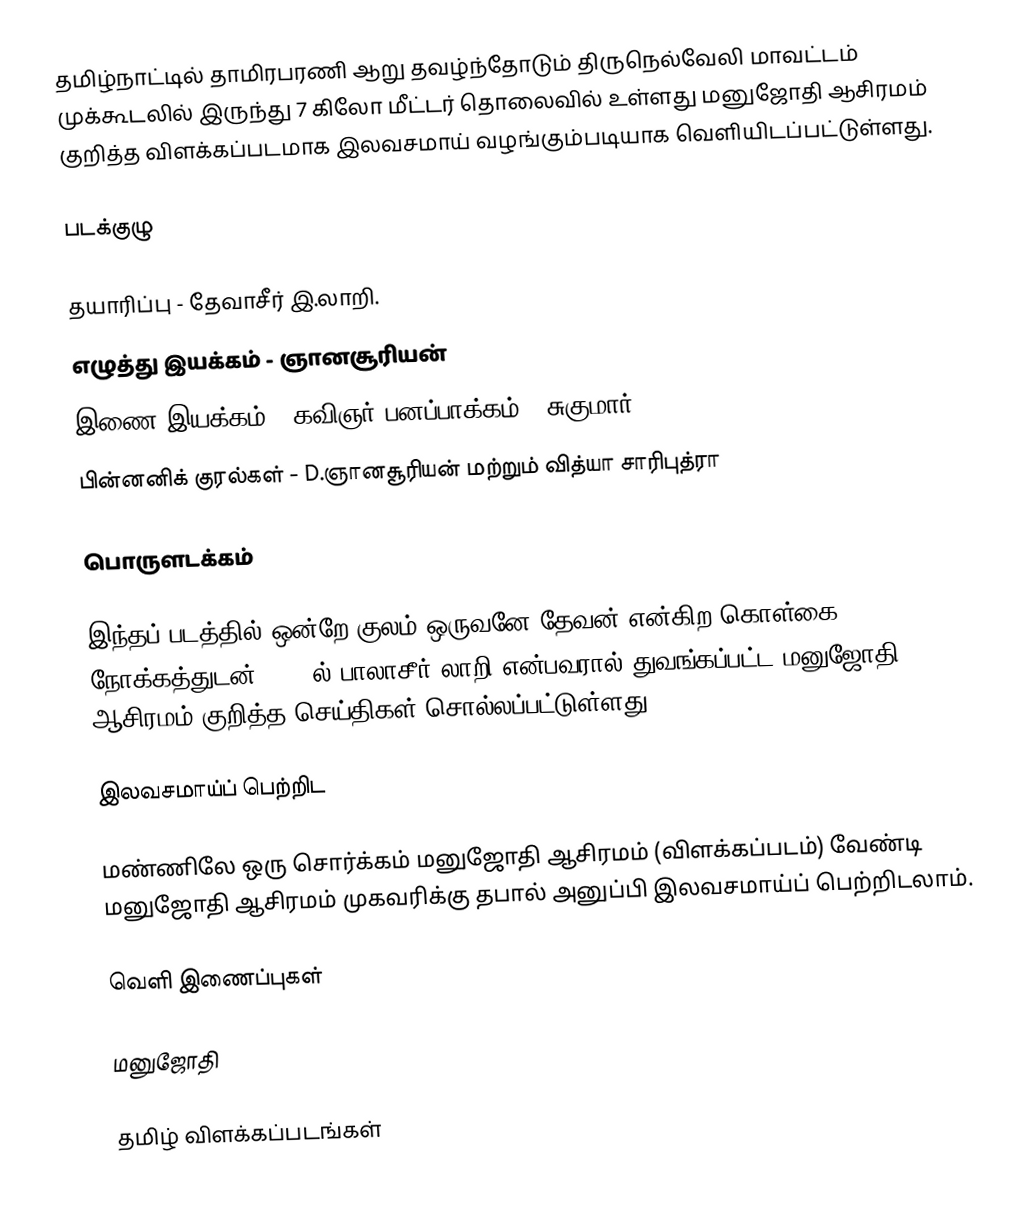
தமிழ்நாட்டில்  தாமிரபரணி  ஆறு தவழ்ந்தோடும் திருநெல்வேலி மாவட்டம்  முக்கூடலில் இருந்து 7 கிலோ மீட்டர் தொலைவில் உள்ளது மனுஜோதி ஆசிரமம் குறித்த விளக்கப்படமாக இலவசமாய் வழங்கும்படியாக வெளியிடப்பட்டுள்ளது.

படக்குழு

தயாரிப்பு - தேவாசீர் இ.லாறி.
எழுத்து இயக்கம் - ஞானசூரியன்
இணை இயக்கம் - கவிஞர் பனப்பாக்கம் K.சுகுமார்.
பின்னனிக் குரல்கள் - D.ஞானசூரியன் மற்றும் வித்யா சாரிபுத்ரா

பொருளடக்கம்

இந்தப் படத்தில் ஒன்றே குலம் ஒருவனே தேவன் என்கிற கொள்கை நோக்கத்துடன் 1963-ல் பாலாசீர் லாறி என்பவரால் துவங்கப்பட்ட மனுஜோதி ஆசிரமம் குறித்த செய்திகள் சொல்லப்பட்டுள்ளது.

இலவசமாய்ப் பெற்றிட

மண்ணிலே ஒரு சொர்க்கம் மனுஜோதி ஆசிரமம் (விளக்கப்படம்)  வேண்டி மனுஜோதி ஆசிரமம் முகவரிக்கு தபால் அனுப்பி இலவசமாய்ப் பெற்றிடலாம்.

வெளி இணைப்புகள்

 மனுஜோதி

 தமிழ் விளக்கப்படங்கள்